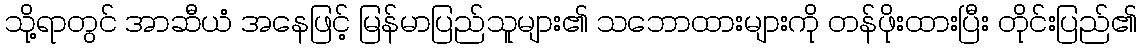
သို့ရာတွင် အာဆီယံ အနေဖြင့် မြန်မာပြည်သူများ၏ သဘောထားများကို တန်ဖိုးထားပြီး တိုင်းပြည်၏